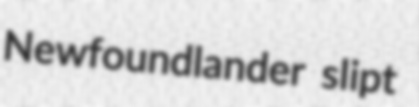
Newfoundlander slipt